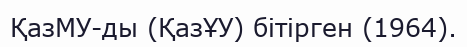
ҚазМУ-ды (ҚазҰУ) бітірген (1964).